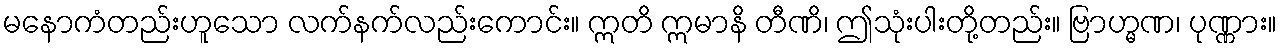
မနောကံတည်းဟူသော လက်နက်လည်းကောင်း။ ဣတိ ဣမာနိ တီဏိ၊ ဤသုံးပါးတို့တည်း။ ဗြာဟ္မဏ၊ ပုဏ္ဏား။